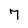
Character: 7